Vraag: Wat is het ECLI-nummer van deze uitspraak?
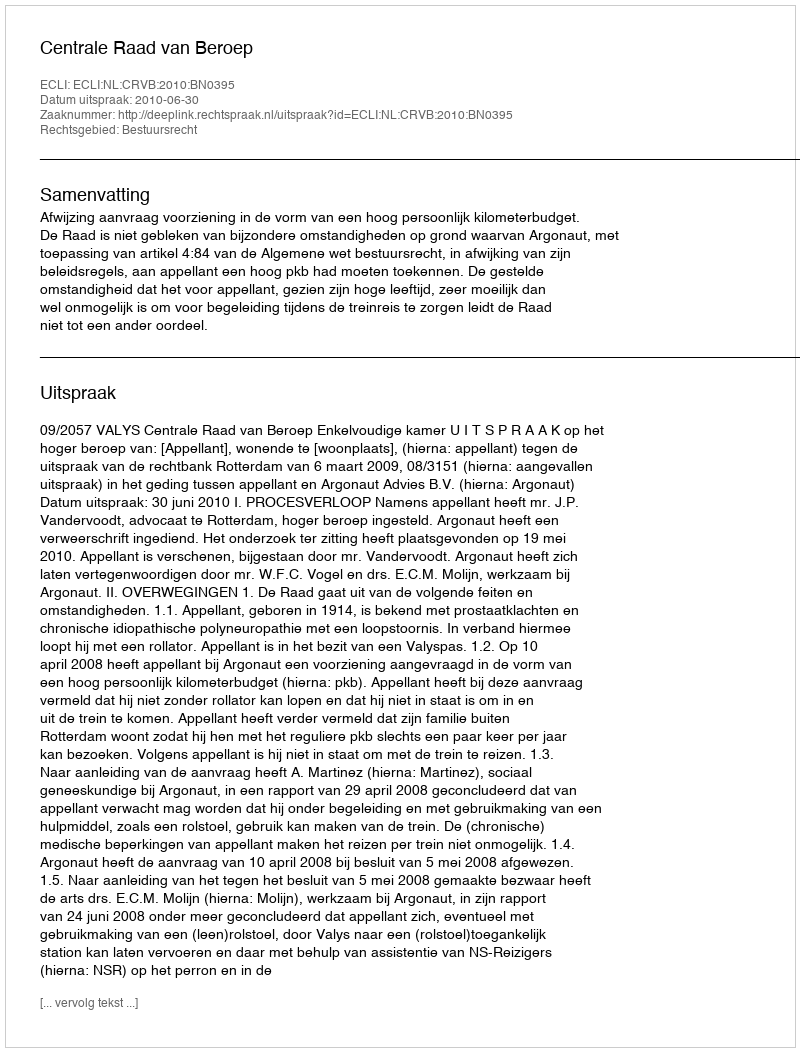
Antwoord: ECLI:NL:CRVB:2010:BN0395